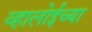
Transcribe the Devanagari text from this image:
व्हालोईच्या